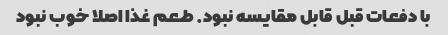
با دفعات قبل‌ قابل مقایسه نبود. طعم غذا اصلا خوب نبود